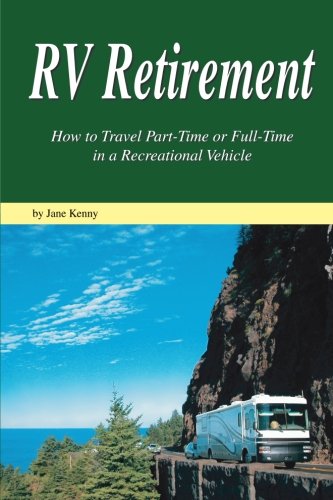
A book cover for RV Retirement: How to Travel Part-Time or Full-Time in a Recreational Vehicle; Jane Kenny; Travel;